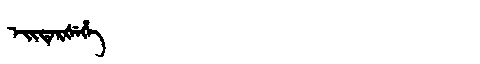
Manchu: ᡝᡳᡨᡝᡵᡧᡝᡥᡝ
Romanization: EITERŠEHE